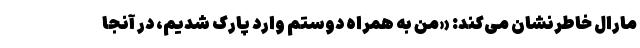
مارال خاطرنشان می‌کند: «من به همراه دوستم وارد پارک شدیم، در آنجا